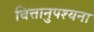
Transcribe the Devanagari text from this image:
चित्तानुपश्यना